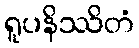
ရူပနိဿိတံ